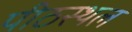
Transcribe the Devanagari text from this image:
पीठस्थल